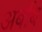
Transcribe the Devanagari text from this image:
अर्बाब